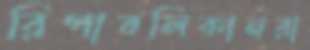
রিপাবলিকানরা